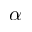
\alpha